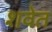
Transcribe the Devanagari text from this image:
शवेत